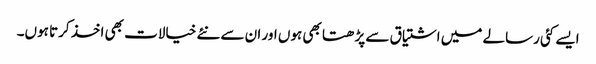
ایسے کئی رسالے میں اشتیاق سے پڑھتا بھی ہوں اور ان سے نئے خیالات بھی اخذ کرتا ہوں۔